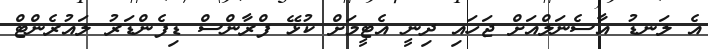
އެ ލަނޑު އާސެނަލްއަށް ޖަހައި ދިނީ އެޓީމަށް ކުޅޭ ފްރާންސް ޑިފެންޑަރު ލައުރެންޓް